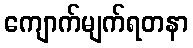
ကျောက်မျက်ရတနာ